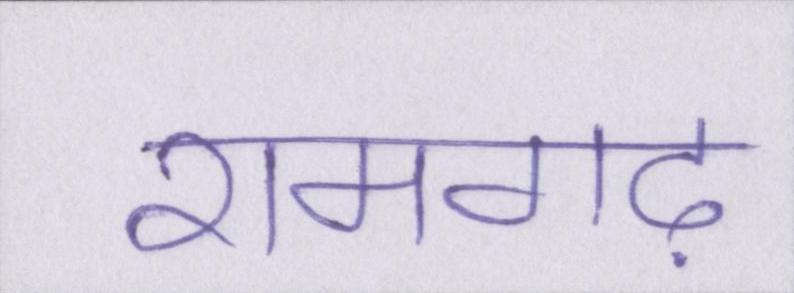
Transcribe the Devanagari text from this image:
रामगढ़